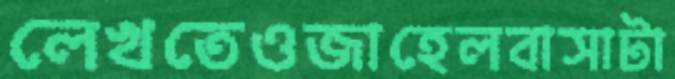
লেখতেওজাহেলবাসাটা